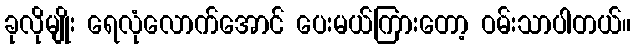
ခုလိုမျိုး ရေလုံလောက်အောင် ပေးမယ်ကြားတော့ ဝမ်းသာပါတယ်။